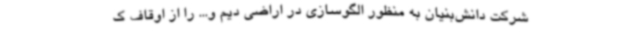
شرکت دانش‌بنیان به منظور الگوسازی در اراضی دیم و... را از اوقاف ک